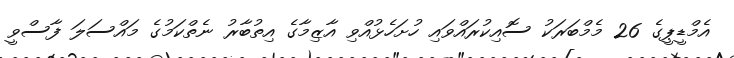
އެމްޑީޕީގެ 26 މެމްބަރަކު ސޮއިކުރައްވައި ހުށަހެޅުއްވި އާޒިމާގެ އިތުބާރު ނެތްކަމުގެ މައްސަލަ ފާސްވީ